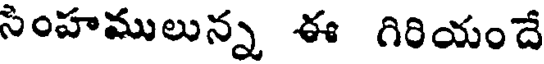
సింహములున్న ఈ గిరియందే